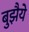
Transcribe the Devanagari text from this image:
बुझैये